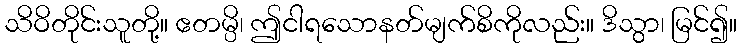
သိဝိတိုင်းသူတို့။ ဧတမ္ပိ၊ ဤငါရသောနတ်မျက်စိကိုလည်း။ ဒိသွာ၊ မြင်၍။